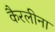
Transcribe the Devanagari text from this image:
कैरलीना